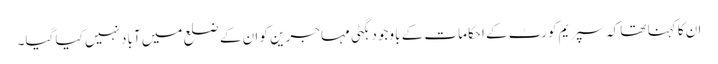
ان کا کہنا تھا کہ سپریم کورٹ کے احکامات کے باوجود بگٹی مہاجرین کو ان کے ضلع میں آباد نہیں کیا گیا۔